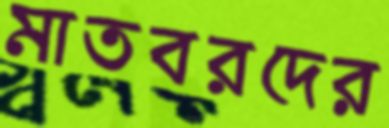
মাতবরদের